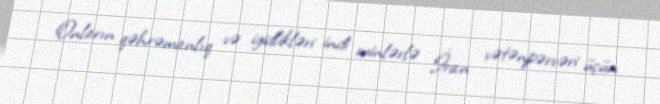
Onların qəhrəmanlıq və igidlikləri indi minlərlə İran vətənpərvəri üçün